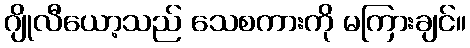
ဂျိုလီယော့သည် သေစကားကို မကြားချင်။